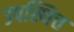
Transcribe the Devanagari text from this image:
उपस्थित्त